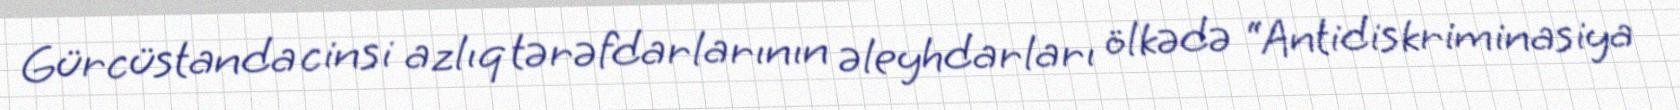
Gürcüstanda cinsi azlıq tərəfdarlarının əleyhdarları ölkədə “Antidiskriminasiya